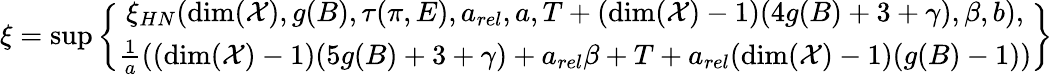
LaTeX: \xi=\operatorname*{sup}\left\{ \begin{array}{c}{\xi_{HN}(\dim(\mathcal{X}),g(B),\tau(\pi,E),a_{rel},a,T+(\dim(\mathcal{X})-1)(4g(B)+3+\gamma),\beta,b),}\\ {\frac{1}{a}((\dim(\mathcal{X})-1)(5g(B)+3+\gamma)+a_{rel}\beta+T+a_{rel}(\dim(\mathcal{X})-1)(g(B)-1))}\end{array}\right\}